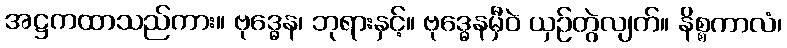
အဋ္ဌကထာသည်ကား။ ဗုဒ္ဓေန၊ ဘုရားနှင့်။ ဗုဒ္ဓေနမှီဝဲ ယှဉ်တွဲလျက်။ နိစ္စကာလံ၊